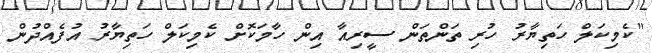
"ކެމިކަލް ހަތިޔާރު ހުރި ތަންތަން ސީރިއާ އިން ހާމަކޮށް ކެމިކަލް ހަތިޔާރު އުފެއްދުން